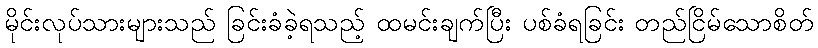
မိုင်းလုပ်သားများသည် ခြင်းခံခဲ့ရသည့် ထမင်းချက်ပြီး ပစ်ခံရခြင်း တည်ငြိမ်သောစိတ်